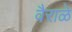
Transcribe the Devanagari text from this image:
वैराळे